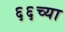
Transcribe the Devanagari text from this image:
६६च्या